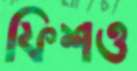
ফিশও